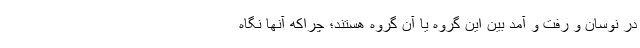
در نوسان و رفت و آمد بین این گروه یا آن گروه هستند؛ چراکه آنها نگاه